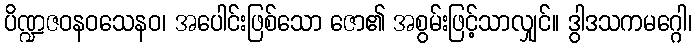
ပိဏ္ဍဇဝနဝသေနဝ၊ အပေါင်းဖြစ်သော ဇော၏ အစွမ်းဖြင့်သာလျှင်။ ဒွါဒသကမဂ္ဂေါ၊